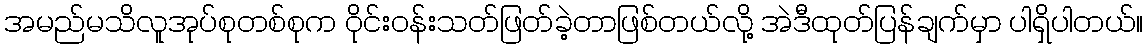
အမည်မသိလူအုပ်စုတစ်စုက ဝိုင်းဝန်းသတ်ဖြတ်ခဲ့တာဖြစ်တယ်လို့ အဲဒီထုတ်ပြန်ချက်မှာ ပါရှိပါတယ်။